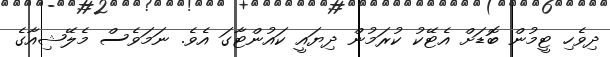
ދިވެހި ޓީމުން ބޮޑަށް އެޓޭކު ކުރަމުން ދިޔައީ ކައުންޓާގަ އެވެ. ނަމަވެސް މެލޭޝިއާގެ